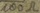
Text: 100Ω